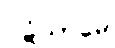
ပဋိသာမေ